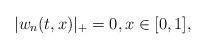
LaTeX: \begin{align*}|w_n(t,x)|_+ =0, x \in [0,1],\end{align*}